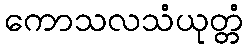
ကောသလသံယုတ္တံ